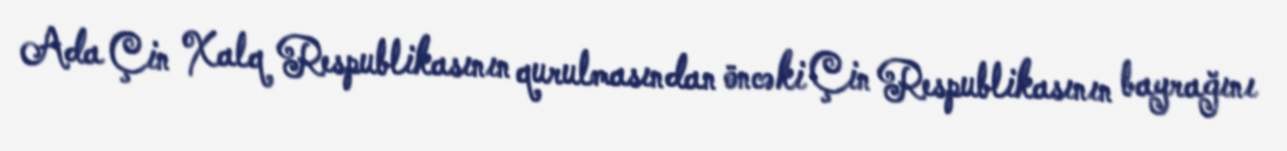
Ada Çin Xalq Respublikasının qurulmasından öncəki Çin Respublikasının bayrağını